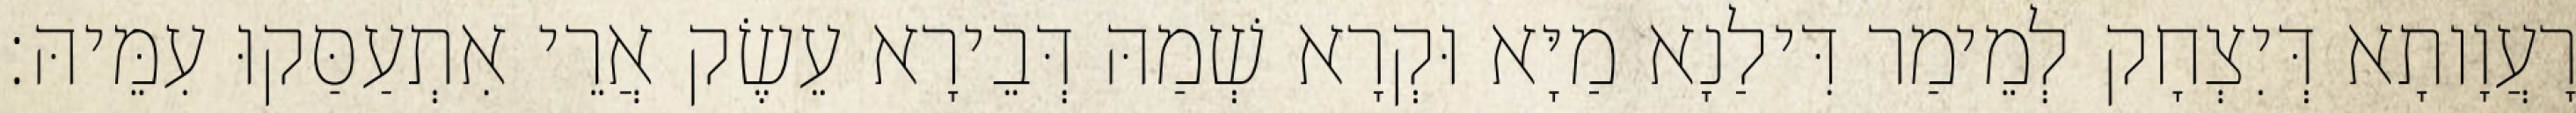
רָעֲוָותָא דְּיִצְחָק לְמֵימַר דִּילַנָא מַיָּא וּקְרָא שְׁמַהּ דְּבֵירָא עֵשֶׂק אֲרֵי אִתְעַסַּקוּ עִמֵּיהּ׃